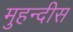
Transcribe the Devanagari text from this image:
मुहन्दीस